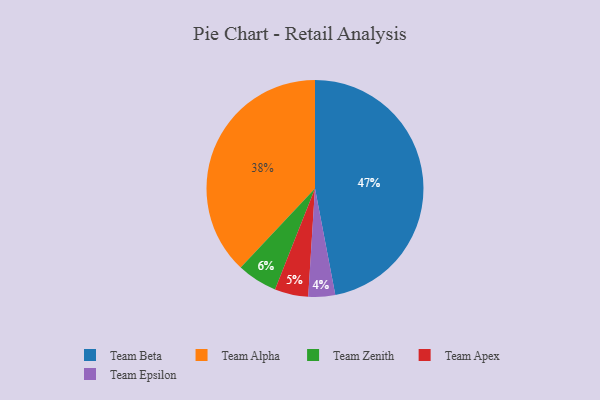
{"axis": {"x": "Category", "y": "Percentage"}, "legend": ["Team Alpha", "Team Apex", "Team Beta", "Team Epsilon", "Team Zenith"], "data": [{"x": "Team Zenith", "y": 6, "type": "Team Zenith"}, {"x": "Team Beta", "y": 47, "type": "Team Beta"}, {"x": "Team Alpha", "y": 38, "type": "Team Alpha"}, {"x": "Team Apex", "y": 5, "type": "Team Apex"}, {"x": "Team Epsilon", "y": 4, "type": "Team Epsilon"}]}